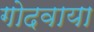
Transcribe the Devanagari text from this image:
गोदवाया